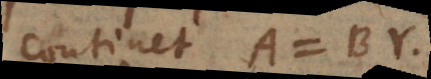
continet A = BY.